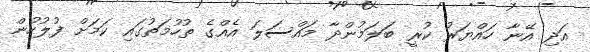
އަދި އޭނާ ހައްޔަރު ކުރީ ބަލަމުންދާ މައްސަލަ އެއްގެ ތުހުމަތުގައި ކަމަށް ފުލުހުން